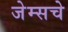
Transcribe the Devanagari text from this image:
जेम्सचे